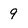
Character: 9